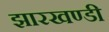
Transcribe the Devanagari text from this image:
झारखण्‍डी